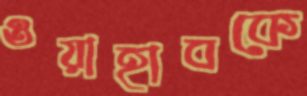
ওয়াহাবকে